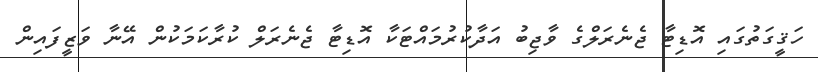
ހަޤީގަތުގައި އޮޑިޓާ ޖެނެރަލްގެ ވާޖިބު އަދާކުރުމައްޓަކާ އޮޑިޓާ ޖެނެރަލް ކުރާކަމަކުން އޭނާ ވަޒީފައިން